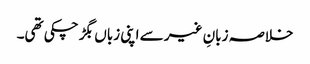
خلاصہ زبانِ غیر سے اپنی زباں بگڑ چکی تھی۔